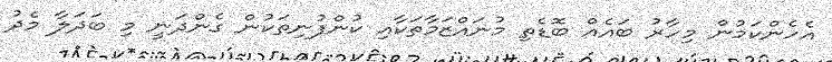
އެހެންކަމުން މިހާރު ބައެއް ބޮޑެތި މުނައްޒަމާތަކާއި ކުންފުނިތަކުން ގެންދަނީ މި ބަދަލާ މެދު